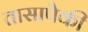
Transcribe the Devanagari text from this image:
तासापैकी